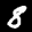
Label: 8